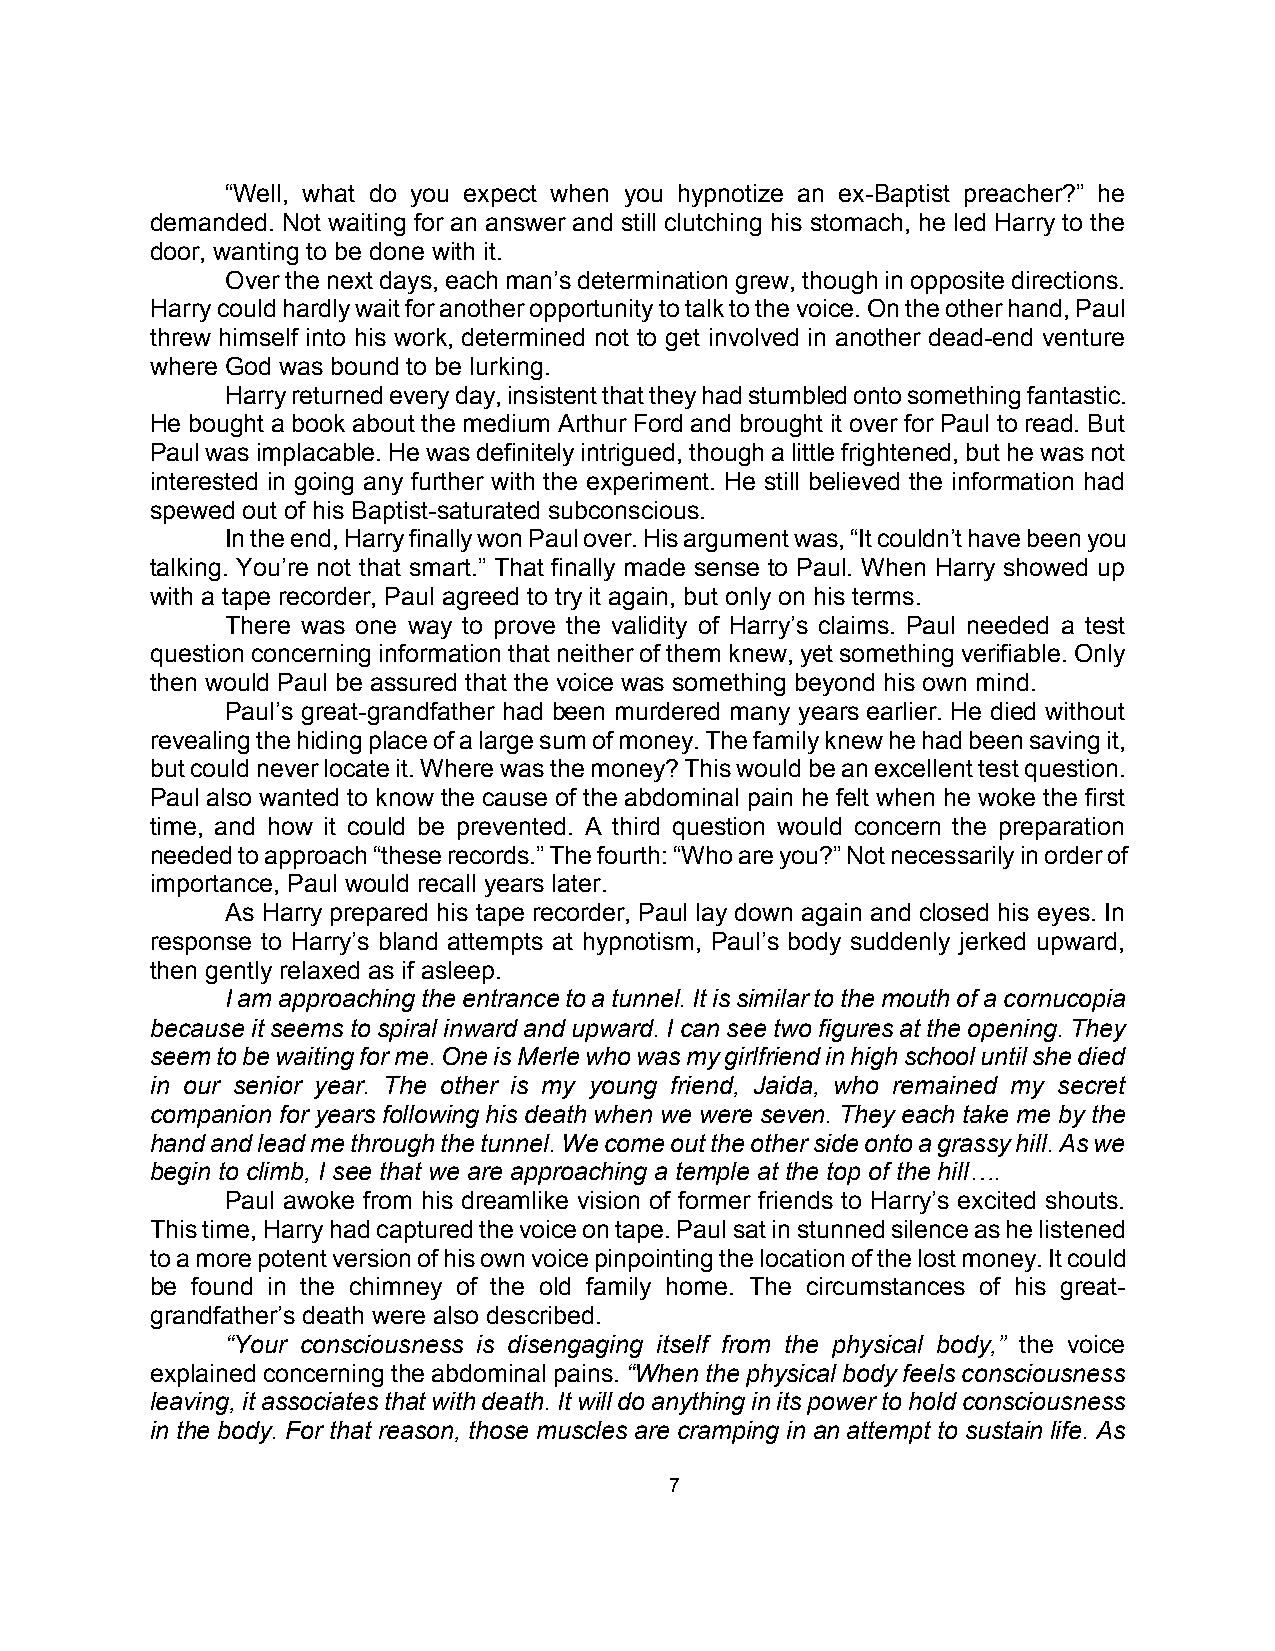
“Well, what do you expect when you hypnotize an ex-Baptist preacher?” he
 demanded. Not waiting for an answer and still clutching his stomach, he led Harry to the
 door, wanting to be done with it.
 Over the next days, each man’s determination grew, though in opposite directions.
 Harry could hardly wait for another opportunity to talk to the voice. On the other hand, Paul
 threw himself into his work, determined not to get involved in another dead-end venture
 where God was bound to be lurking.
 Harry returned every day, insistent that they had stumbled onto something fantastic.
 He bought a book about the medium Arthur Ford and brought it over for Paul to read. But
 Paul was implacable. He was definitely intrigued, though a little frightened, but he was not
 interested in going any further with the experiment. He still believed the information had
 spewed out of his Baptist-saturated subconscious.
 In the end, Harry finally won Paul over. His argument was, “It couldn’t have been you
 talking. You’re not that smart.” That finally made sense to Paul. When Harry showed up
 with a tape recorder, Paul agreed to try it again, but only on his terms.
 There was one way to prove the validity of Harry’s claims. Paul needed a test
 question concerning information that neither of them knew, yet something verifiable. Only
 then would Paul be assured that the voice was something beyond his own mind.
 Paul’s great-grandfather had been murdered many years earlier. He died without
 revealing the hiding place of a large sum of money. The family knew he had been saving it,
 but could never locate it. Where was the money? This would be an excellent test question.
 Paul also wanted to know the cause of the abdominal pain he felt when he woke the first
 time, and how it could be prevented. A third question would concern the preparation
 needed to approach “these records.” The fourth: “Who are you?” Not necessarily in order of
 importance, Paul would recall years later.
 As Harry prepared his tape recorder, Paul lay down again and closed his eyes. In
 response to Harry’s bland attempts at hypnotism, Paul’s body suddenly jerked upward,
 then gently relaxed as if asleep.
 I am approaching the entrance to a tunnel. It is similar to the mouth of a cornucopia
 because it seems to spiral inward and upward. I can see two figures at the opening. They
 seem to be waiting for me. One is Merle who was my girlfriend in high school until she died
 in our senior year. The other is my young friend, Jaida, who remained my secret
 companion for years following his death when we were seven. They each take me by the
 hand and lead me through the tunnel. We come out the other side onto a grassy hill. As we
 begin to climb, I see that we are approaching a temple at the top of the hill….
 Paul awoke from his dreamlike vision of former friends to Harry’s excited shouts.
 This time, Harry had captured the voice on tape. Paul sat in stunned silence as he listened
 to a more potent version of his own voice pinpointing the location of the lost money. It could
 be found in the chimney of the old family home. The circumstances of his great-
 grandfather’s death were also described.
 “Your consciousness is disengaging itself from the physical body,” the voice
 explained concerning the abdominal pains. “When the physical body feels consciousness
 leaving, it associates that with death. It will do anything in its power to hold consciousness
 in the body. For that reason, those muscles are cramping in an attempt to sustain life. As
 7